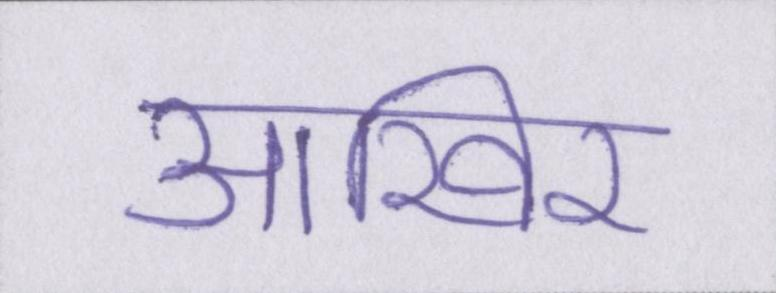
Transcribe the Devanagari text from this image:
आखिर